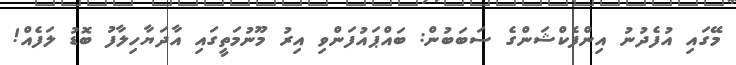
މޭގައި އުފެދުނު އިންފެކްޝަންގެ ސަބަބުން: ބައްޕައުފަންވި އިރު މޫނުމަތީގައި އާދަޔާހިލާފު ބޮޑު ލަފެއް!